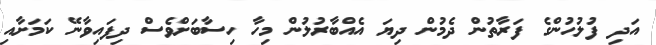
އަދި ފުލުހުންގެ ފަރާތުން ދެމުން ދިޔަ އެއްބާރުލުން މިހާ ހިސާބަށްވެސް ދިފައިވާނޭ ކަމަށާއި